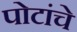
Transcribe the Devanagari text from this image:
पोटांचे